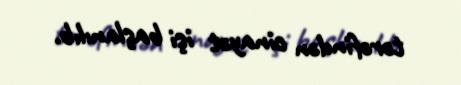
tərəfindən cinayət işi başlanılıb.